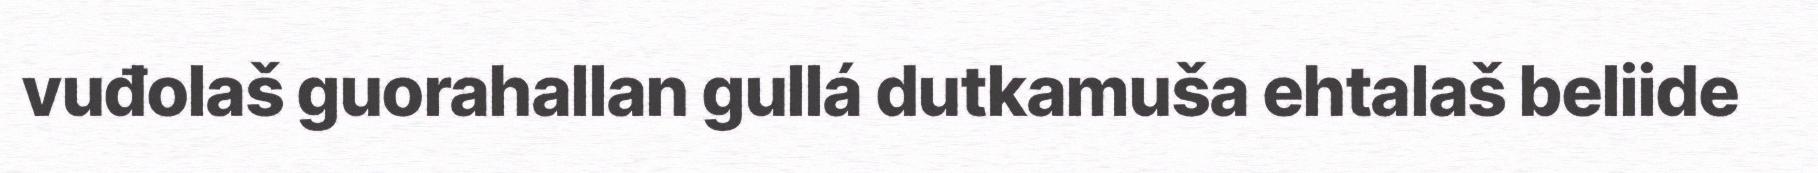
vuđolaš guorahallan gullá dutkamuša ehtalaš beliide